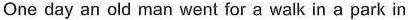
One day an old man went for a walk in a park in